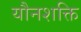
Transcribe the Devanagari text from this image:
यौनशक्ति